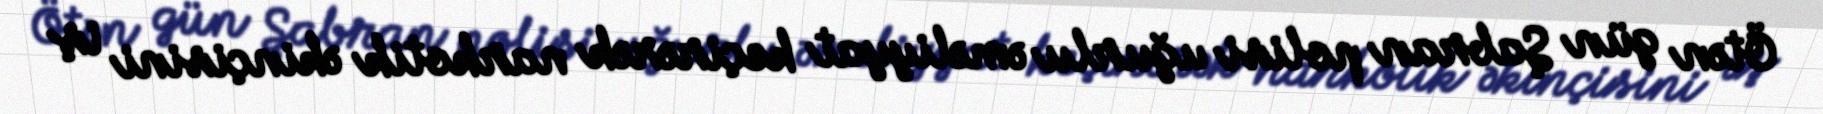
Ötən gün Şabran polisi uğurlu əməliyyat keçirərək narkotik əkinçisini iş